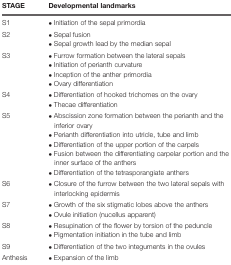
| STAGE | Developmental landmarks |
 | --- | --- |
 | S1 | • Initiation of the sepal primordia |
 | S2 | • Sepal fusion• Sepal growth lead by the median sepal |
 | S3 | • Furrow formation between the lateral sepals• Initiation of perianth curvature• Inception of the anther primordia• Ovary differentiation |
 | S4 | • Differentiation of hooked trichomes on the ovary• Thecae differentiation |
 | S5 | • Abscission zone formation between the perianth and the inferior ovary• Perianth differentiation into utricle, tube and limb• Differentiation of the upper portion of the carpels• Fusion between the differentiating carpelar portion and the inner surface of the anthers• Differentiation of the tetrasporangiate anthers |
 | S6 | • Closure of the furrow between the two lateral sepals with interlocking epidermis |
 | S7 | • Growth of the six stigmatic lobes above the anthers• Ovule initiation (nucellus apparent) |
 | S8 | • Resupination of the flower by torsion of the peduncle• Pigmentation initiation in the tube and limb |
 | S9 | • Differentiation of the two integuments in the ovules |
 | Anthesis | • Expansion of the limb |